Report on enteric fever
Disease focus: Fever
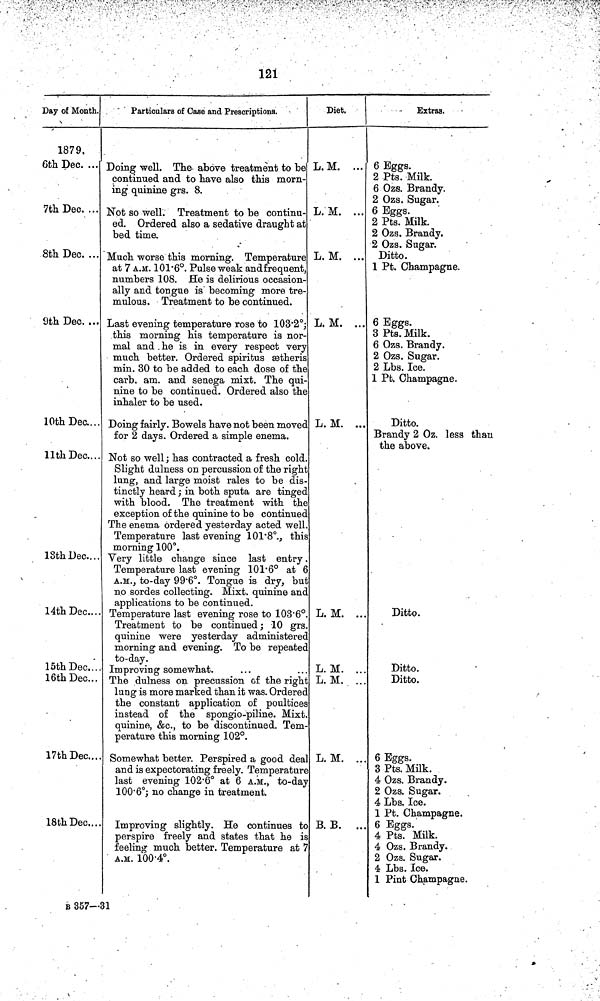
121
Day of Month.
1879,
6th Dec. ...
7th Dec. ...
8th Dec. ...
9th Dec. ...
10th Dec. ...
11th Dec....
13th Dec....
14th Dec....
15th Dec.
16th Dec...
17th Dec...
18th Dec....
Particulars of Case and Prescriptions.
Doing well. The above treatment to be
continued and to have also this morn-
ing quinine grs. 8.
Not so well. Treatment to be continu-
ed. Ordered also a sedative draught at
bed time.
Much worse this morning. Temperature
at 7 A.M. 101 6°. Pulse weak and frequent,
numbers 108. He is delirious occasion-
ally and tongue is becoming more tre-
mulous. Treatment to be continued.
Last evening temperature rose to 103 2°;
this morning his temperature is nor-
mal and he is in every respect very
much better. Ordered spiritus ætheris
min. 30 to be added to each dose of the
carb. am. and senega mixt. The qui-
nine to be continued. Ordered also the
inhaler to be used.
Doing fairly. Bowels have not been moved
for 2 days. Ordered a simple enema.
Not so well ; has contracted a fresh cold
Slight dulness on percussion of the right
lung, and large moist rales to be dis-
tinctly heard ; in both sputa are tinged
with blood. The treatment with the
exception of the quinine to be continued
The enema ordered yesterday acted well
Temperature last evening 101 8°., this
morning 100°.
Very little change since last entry
Temperature last evening 101 6° at 6
A.M., to day 99 6°. Tongue is dry, but
no sordes collecting. Mixt. quinine and
applications to be continued.
Temperature last evening rose to 103 6°T
reatment to be continued ; 10 grs.
quinine were yesterday administered
morning and evening. To be repeated
to day.
Improving somewhat.
The dulness on precussion of the right
lung is more marked than it was. Ordered
the constant application of poultices
instead of the spongio piline. Mixt.
quinine, &c., to be discontinued. Tem-
perature this morning 102°.
Somewhat better. Perspired a good deal
and is expectorating freely. Temperature
last evening 102 6° at 6 A.M., to day
100 6°; no change in treatment.
Improving slightly. He continues to
perspire freely and states that he is
feeling much better. Temperature at 7
A.M. 100 4°.
Diet.
L.M. ...
L. M. ...
L. M. ...
L. M. ...
L. M. ...
L. M. ..
L. M. ..
L. M. ..
L. M. ..
B. B. ..
Extras.
6 Eggs.
2 Pts. Milk.
6 Ozs. Brandy.
2 Ozs. Sugar.
6 Eggs.
2 Pts. Milk.
2 Ozs. Brandy.
2 Ozs. Sugar.
Ditto.
1 Pt. Champagne.
6 Eggs.
3 Pts. Milk.
6 Ozs. Brandy.
2 Ozs. Sugar.
2 Lbs. Ice.
1 Pt. Champagne.
Ditto.
Brandy 2 Oz. less than
the above.
Ditto.
Ditto.
Ditto.
6 Eggs.
3 Pts. Milk.
4 Ozs. Brandy.
2 Ozs. Sugar.
4 Lbs. Ice.
1 Pt. Champagne.
6 Eggs.
4 Pts. Milk.
4 Ozs. Brandy.
2 Ozs. Sugar.
4 Lbs. Ice.
1 Pint Champagne.
B 357—31